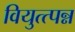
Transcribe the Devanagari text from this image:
वियुत्त्पन्न